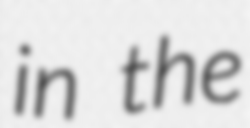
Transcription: in the